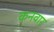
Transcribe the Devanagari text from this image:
कनवार